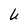
Character: U